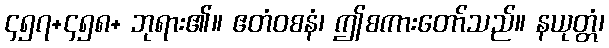
၄၅၇+၄၅၈+ ဘုရား၏။ ဧတံဝစနံ၊ ဤစကားတော်သည်။ နယုတ္တံ၊